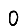
Digit: 0